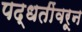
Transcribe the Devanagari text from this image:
पद्धतींवरून